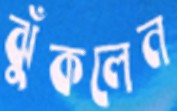
ঝুঁকলেন